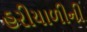
હરીયાળીની